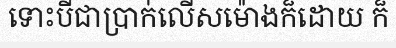
ទោះបីជាប្រាក់លើសម៉ោងក៏ដោយ ក៏